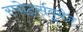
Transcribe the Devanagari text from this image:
स्पोर्ट्सवूमेन